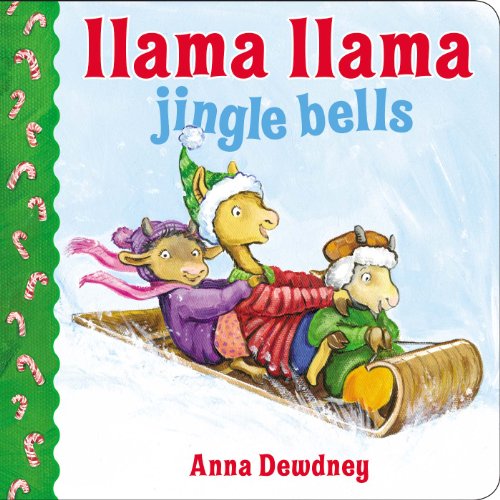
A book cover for Llama Llama Jingle Bells; Anna Dewdney; Children's Books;